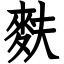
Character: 麩